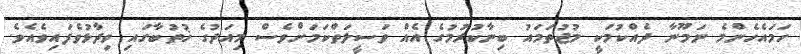
ހަމައެހެންމެ ނަމޫނާ ދެއްކުމަކީ މުޖުތަމައު ބިނާކުރުމުގެ އެއް ވަސީލަތްކަމަށްވެސް މިއަދުގެ ޚުތުބާގައި ވިދާޅުވެފައިވެއެވެ.